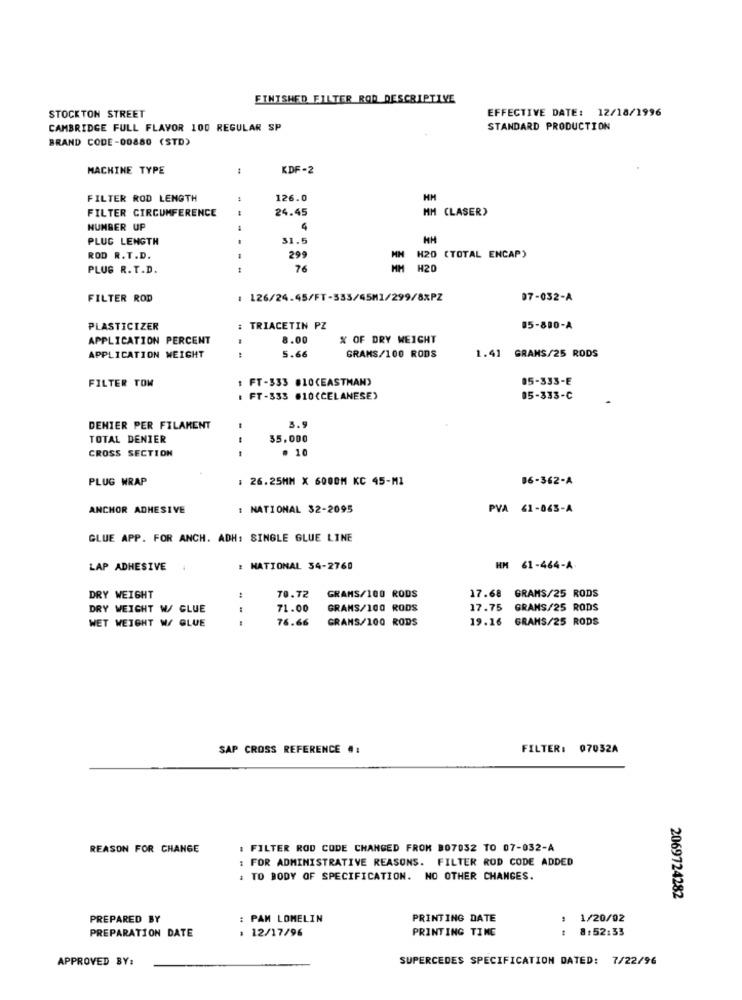
FINISHED FILTER ROD DESCRIPTIVE
STOCKTON STREET
EFFECTIVE DATE: 12/18/1996
CAMBRIDGE FULL FLAVOR 100 REGULAR SP
STANDARD PRODUCTION
BRAND CODE-00880 (STD)
MACHINE TYPE
KDF-2
FILTER ROD LENGTH
126.0
HM
FILTER CIRCUMFERENCE
24.45
MM (LASER)
NUMBER UP
PLUG LENGTH
31.5
ROD R.T.D.
299
H20 (TOTAL ENCAP)
PLUG R. T.D.
---
76
MM H20
FILTER ROD
: 126/24.45/FT-333/45M1/299/8%PZ
07-032-A
PLASTICIZER
: TRIACETIN PZ
85-880-A
APPLICATION PERCENT
8.00
% OF DRY WEIGHT
..
5.66
APPLICATION WEIGHT
GRAMS/100 RODS
1.41 GRAMS/25 RODS
FILTER TOW
1 FT-333 #10(EASTMAN)
85-333-E
: FT-333 510(CELANESE)
05-333-C
DENIER PER FILAMENT
3.9
TOTAL DENIER
35,000
CROSS SECTION
. 10
PLUG WRAP
: 26.25MM X 6000M KC 45-M1
06-362-A
ANCHOR ADHESIVE
: NATIONAL 32-2095
PVA 61-063-A
GLUE APP. FOR ANCH. ADH: SINGLE GLUE LINE
LAP ADHESIVE
: NATIONAL 34-2760
HM 61-464-A
DRY WEIGHT
70.72
GRAMS/100 RODS
17.68 GRAMS/25 RODS
DRY WEIGHT W/ GLUE
71.00
GRANS/100 RODS
17.75 GRAMS/25 RODS
WET WEIGHT W/ GLUE
76.66
GRAMS/100 RODS
19.16 GRAMS/25 RODS
SAP CROSS REFERENCE #:
FILTER: 07032A
REASON FOR CHANGE
: FILTER ROD CODE CHANGED FROM 807032 TO 07-032-A
: FOR ADMINISTRATIVE REASONS. FILTER ROD CODE ADDED
: TO BODY OF SPECIFICATION. NO OTHER CHANGES.
2069724282
PREPARED BY
: PAM LOMELIN
PRINTING DATE
1/20/02
: 12/17/96
PRINTING TING
: 8:52:33
PREPARATION DATE
APPROVED BY:
SUPERCEDES SPECIFICATION DATED: 7/22/96